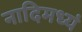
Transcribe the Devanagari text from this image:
नादिमध्यं